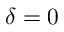
\delta = 0